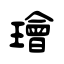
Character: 璯